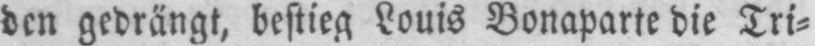
den gedrängt, bestieg Louis Bonaparte die Tri⸗